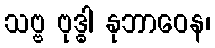
သဗ္ဗ ဗုဒ္ဓါ နုဘာဝေန၊